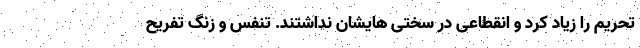
تحریم را زیاد کرد و انقطاعی در سختی هایشان نداشتند. تنفس و زنگ تفریح